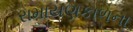
રામાયણકાળના